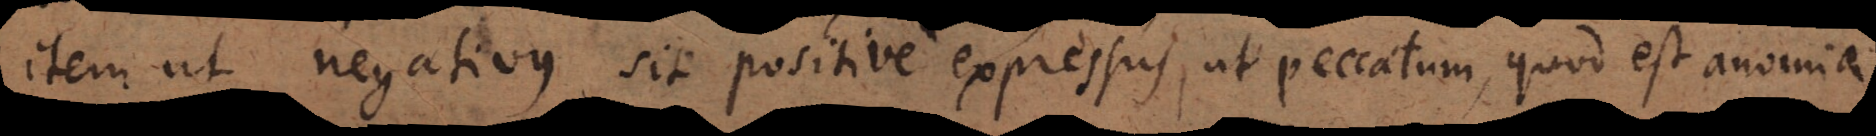
item ut negativus sit positive expressus, ut peccatum, quod est anomia